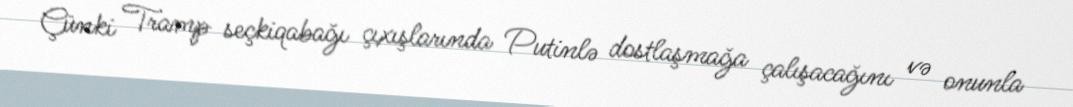
Çünki Tramp seçkiqabağı çıxışlarında Putinlə dostlaşmağa çalışacağını və onunla